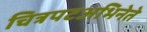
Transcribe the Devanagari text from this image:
चित्रपटअभिनेते